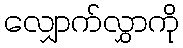
လျှောက်လွှာကို